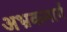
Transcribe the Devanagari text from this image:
अभ्रकमार्ग